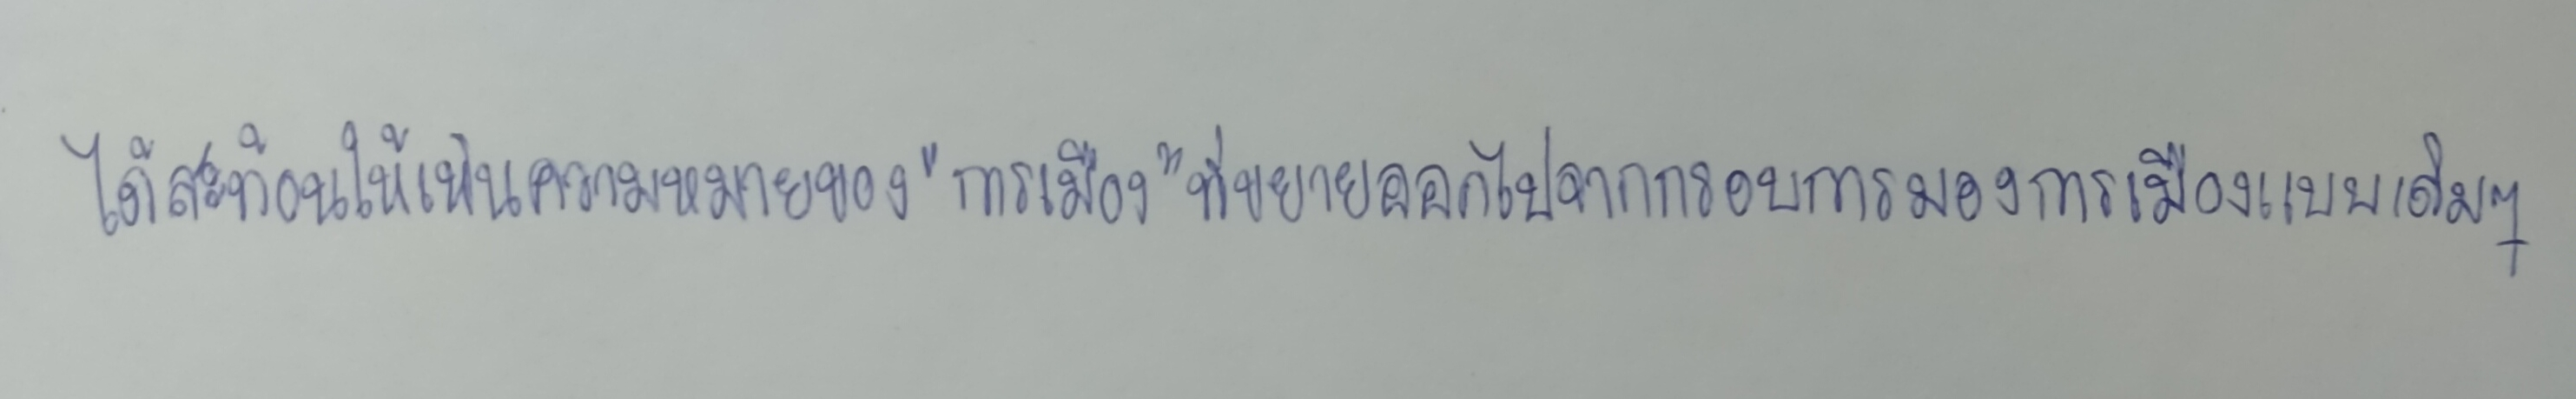
ได้สะท้อนให้เห็นความหมายของ"การเมือง"ที่ขยายออกไปจากกรอบการมองการเมืองแบบเดิมๆ